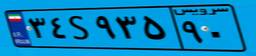
۳۴S۹۳۵۹۰